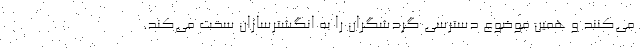
می‌کنند و همین موضوع دسترسی گردشگران را به انگشترسازان سخت می‌کند.